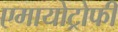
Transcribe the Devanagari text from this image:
एमायोट्रोफी